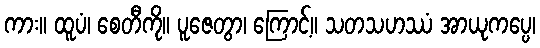
ကား။ ထူပံ၊ စေတီကို။ ပူဇေတွာ၊ ကြောင့်။ သတသဟဿံ အာယုကပ္ပေ၊